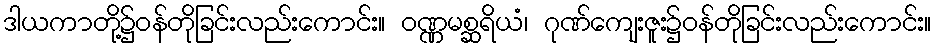
ဒါယကာတို့၌ဝန်တိုခြင်းလည်းကောင်း။ ဝဏ္ဏမစ္ဆရိယံ၊ ဂုဏ်ကျေးဇူး၌ဝန်တိုခြင်းလည်းကောင်း။